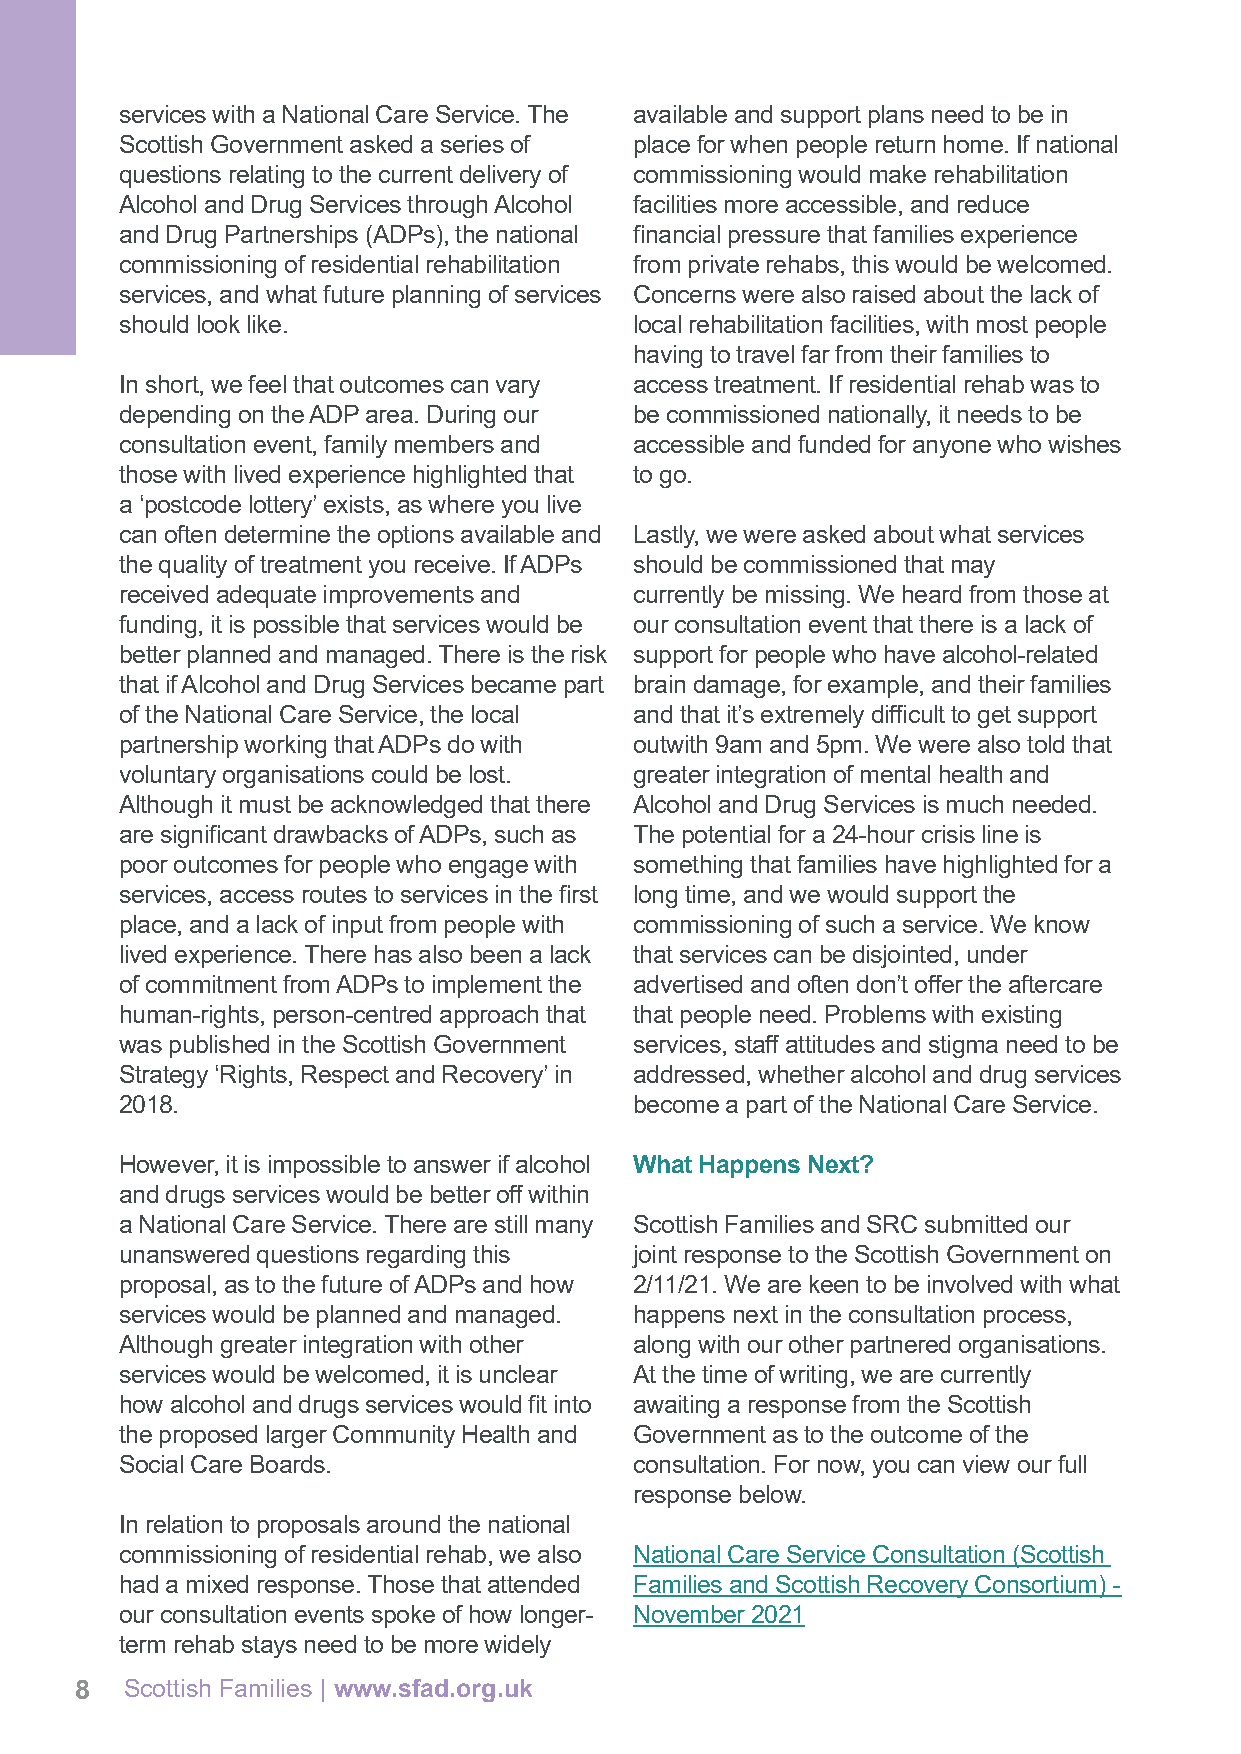
services with a National Care Service. The available and support plans need to be in
 Scottish Government asked a series of place for when people return home. If national
 questions relating to the current delivery of commissioning would make rehabilitation
 Alcohol and Drug Services through Alcohol facilities more accessible, and reduce
 and Drug Partnerships (ADPs), the national financial pressure that families experience
 commissioning of residential rehabilitation from private rehabs, this would be welcomed.
 services, and what future planning of services Concerns were also raised about the lack of
 should look like.                 local rehabilitation facilities, with most people
 having to travel far from their families to
 In short, we feel that outcomes can vary access treatment. If residential rehab was to
 depending on the ADP area. During our be commissioned nationally, it needs to be
 consultation event, family members and accessible and funded for anyone who wishes
 those with lived experience highlighted that to go.
 a ‘postcode lottery’ exists, as where you live
 can often determine the options available and Lastly, we were asked about what services
 the quality of treatment you receive. If ADPs should be commissioned that may
 received adequate improvements and currently be missing. We heard from those at
 funding, it is possible that services would be our consultation event that there is a lack of
 better planned and managed. There is the risk support for people who have alcohol-related
 that if Alcohol and Drug Services became part brain damage, for example, and their families
 of the National Care Service, the local and that it’s extremely difficult to get support
 partnership working that ADPs do with outwith 9am and 5pm. We were also told that
 voluntary organisations could be lost. greater integration of mental health and
 Although it must be acknowledged that there Alcohol and Drug Services is much needed.
 are significant drawbacks of ADPs, such as The potential for a 24-hour crisis line is
 poor outcomes for people who engage with something that families have highlighted for a
 services, access routes to services in the first long time, and we would support the
 place, and a lack of input from people with commissioning of such a service. We know
 lived experience. There has also been a lack that services can be disjointed, under
 of commitment from ADPs to implement the advertised and often don’t offer the aftercare
 human-rights, person-centred approach that that people need. Problems with existing
 was published in the Scottish Government services, staff attitudes and stigma need to be
 Strategy ‘Rights, Respect and Recovery’ in addressed, whether alcohol and drug services
 2018.                             become a part of the National Care Service.
 However, it is impossible to answer if alcohol What Happens Next?
 and drugs services would be better off within
 a National Care Service. There are still many Scottish Families and SRC submitted our
 unanswered questions regarding this joint response to the Scottish Government on
 proposal, as to the future of ADPs and how 2/11/21. We are keen to be involved with what
 services would be planned and managed. happens next in the consultation process,
 Although greater integration with other along with our other partnered organisations.
 services would be welcomed, it is unclear At the time of writing, we are currently
 how alcohol and drugs services would fit into awaiting a response from the Scottish
 the proposed larger Community Health and Government as to the outcome of the
 Social Care Boards.               consultation. For now, you can view our full
 response below.
 In relation to proposals around the national
 commissioning of residential rehab, we also National Care Service Consultation (Scottish
 had a mixed response. Those that attended Families and Scottish Recovery Consortium) -
 our consultation events spoke of how longer- November 2021
 term rehab stays need to be more widely
 8  Scottish Families | www.sfad.org.uk